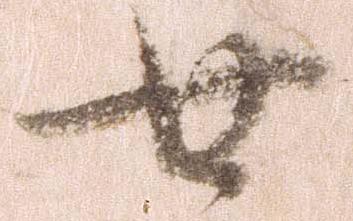
廿